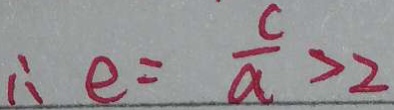
\therefore e = \frac { c } { a } > 2